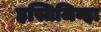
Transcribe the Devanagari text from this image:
हस्तिजिव्हा